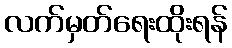
လက်မှတ်ရေးထိုးရန်